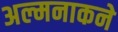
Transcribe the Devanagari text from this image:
अल्मनाकने